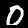
Digit: 0